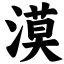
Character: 漠